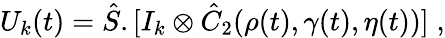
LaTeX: U_{k}(t)=\hat{S}.[I_{k}\otimes\hat{C}_{2}(\rho(t),\gamma(t),\eta(t))]\; ,